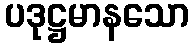
ပဒုဋ္ဌမာနသော